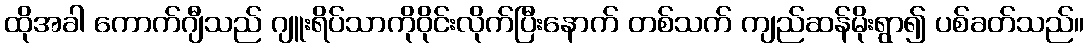
ထိုအခါ ကောက်ဂျီသည် ဂျူးရိပ်သာကိုဝိုင်းလိုက်ပြီးနောက် တစ်သက် ကျည်ဆန်မိုးရွာ၍ ပစ်ခတ်သည်။